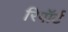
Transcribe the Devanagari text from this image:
रिपॉर्ट